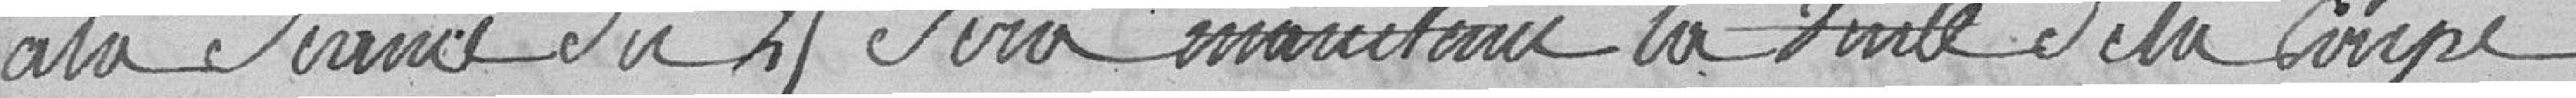
à la séance du 25 sera maintenu la vente de la coupe